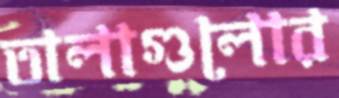
তালাগুলোর